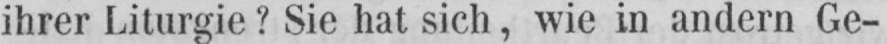
ihrer Liturgie? Sie hat sich, wie in andern Ge-